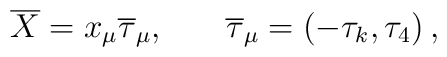
\overline{X}=x_\mu \overline{\tau }_\mu,\hspace{0.3in}\overline{\tau }_\mu =\left( -\tau _k,\tau_4\right) ,